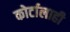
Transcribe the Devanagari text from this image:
कोर्टालाही